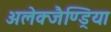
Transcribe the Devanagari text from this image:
अलेक्जैण्ड्रिया